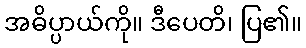
အဓိပ္ပာယ်ကို။ ဒီပေတိ၊ ပြ၏။